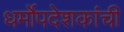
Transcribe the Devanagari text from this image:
धर्मोपदेशकांची